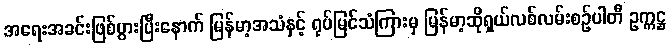
အရေးအခင်းဖြစ်ပွားပြီးနောက် မြန်မာ့အသံနှင့် ရုပ်မြင်သံကြားမှ မြန်မာ့ဆိုရှယ်လစ်လမ်းစဉ်ပါတီ ဥက္ကဋ္ဌ